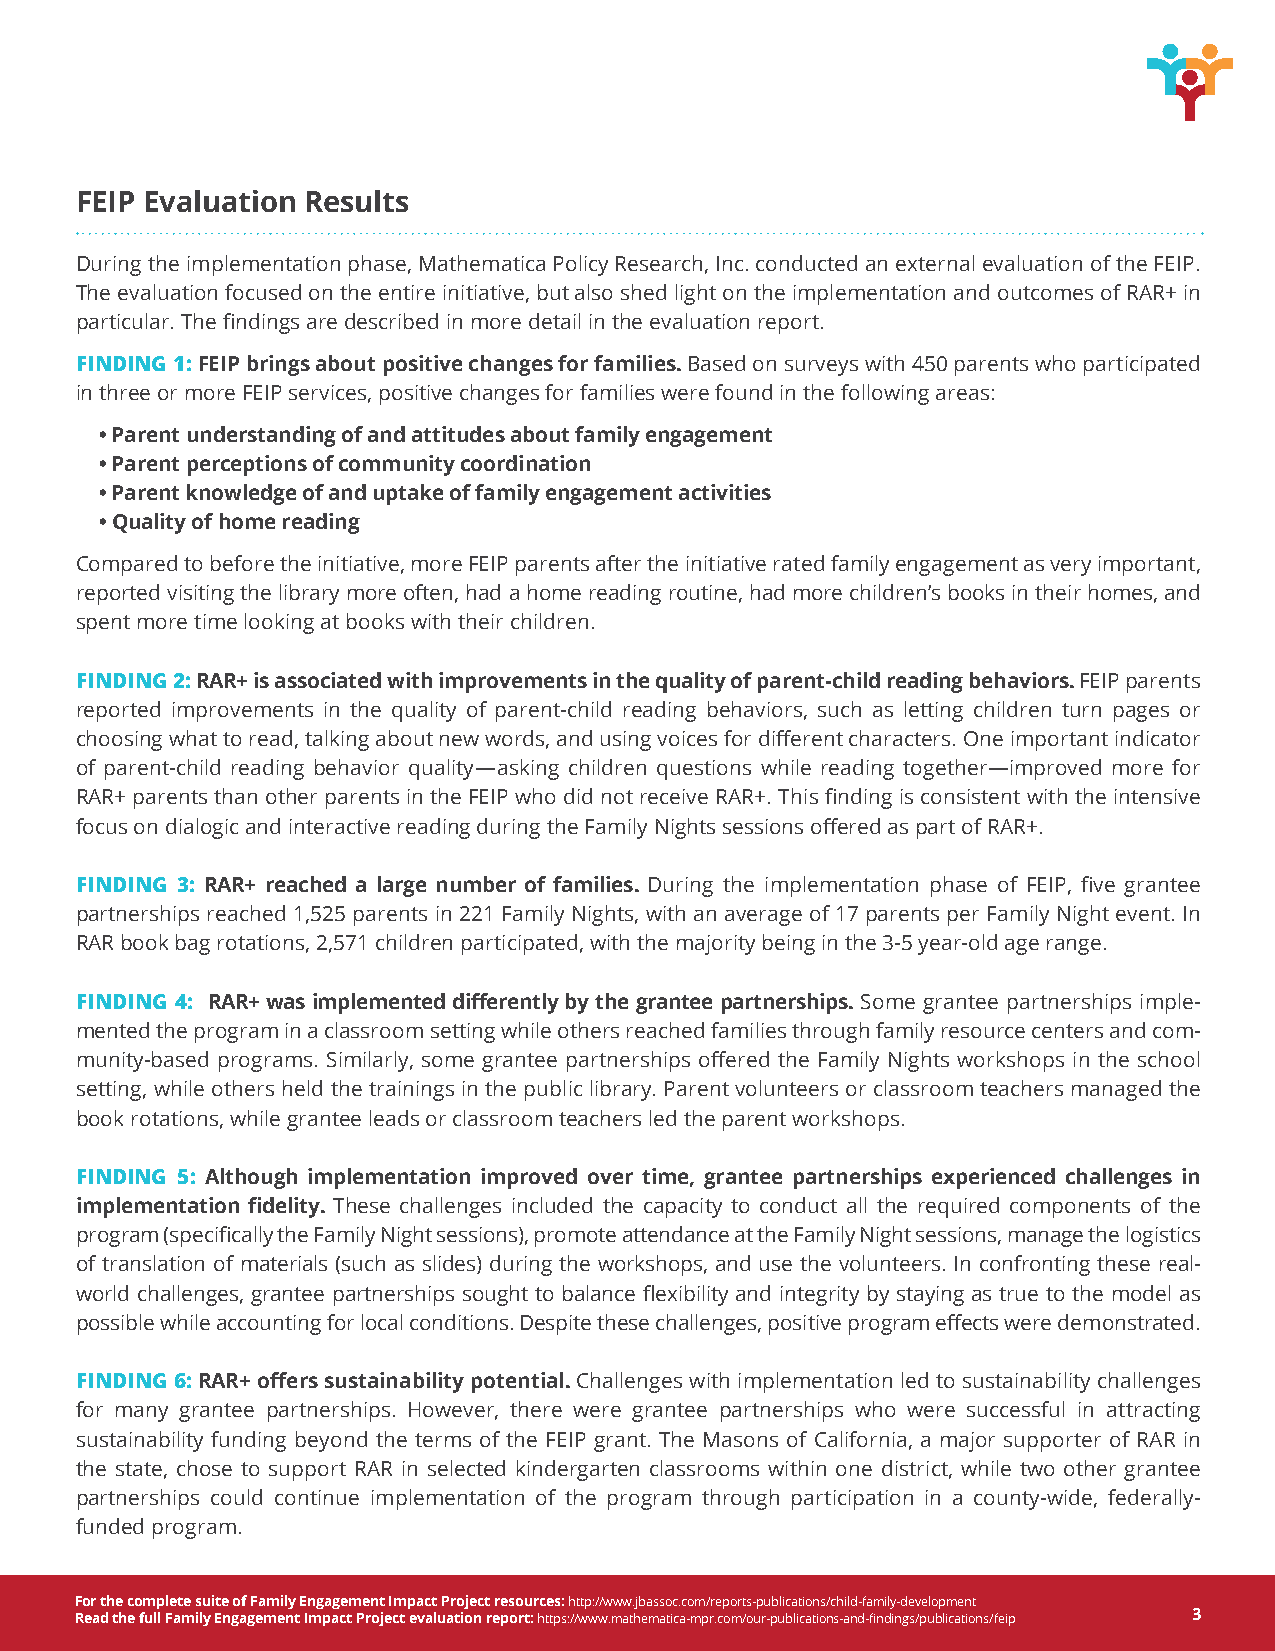
FEIP Evaluation Results
 During the implementation phase, Mathematica Policy Research, Inc. conducted an external evaluation of the FEIP.
 The evaluation focused on the entire initiative, but also shed light on the implementation and outcomes of RAR+ in
 particular. The findings are described in more detail in the evaluation report.
 FINDING 1: FEIP brings about positive changes for families. Based on surveys with 450 parents who participated
 in three or more FEIP services, positive changes for families were found in the following areas:
 • Parent understanding of and attitudes about family engagement
 • Parent perceptions of community coordination
 • Parent knowledge of and uptake of family engagement activities
 • Quality of home reading
 Compared to before the initiative, more FEIP parents after the initiative rated family engagement as very important,
 reported visiting the library more often, had a home reading routine, had more children’s books in their homes, and
 spent more time looking at books with their children.
 FINDING 2: RAR+ is associated with improvements in the quality of parent-child reading behaviors. FEIP parents
 reported improvements in the quality of parent-child reading behaviors, such as letting children turn pages or
 choosing what to read, talking about new words, and using voices for different characters. One important indicator
 of parent-child reading behavior quality―asking children questions while reading together―improved more for
 RAR+ parents than other parents in the FEIP who did not receive RAR+. This finding is consistent with the intensive
 focus on dialogic and interactive reading during the Family Nights sessions offered as part of RAR+.
 FINDING 3: RAR+ reached a large number of families. During the implementation phase of FEIP, five grantee
 partnerships reached 1,525 parents in 221 Family Nights, with an average of 17 parents per Family Night event. In
 RAR book bag rotations, 2,571 children participated, with the majority being in the 3-5 year-old age range.
 FINDING 4: RAR+ was implemented differently by the grantee partnerships. Some grantee partnerships imple-
 mented the program in a classroom setting while others reached families through family resource centers and com-
 munity-based programs. Similarly, some grantee partnerships offered the Family Nights workshops in the school
 setting, while others held the trainings in the public library. Parent volunteers or classroom teachers managed the
 book rotations, while grantee leads or classroom teachers led the parent workshops.
 FINDING 5: Although implementation improved over time, grantee partnerships experienced challenges in
 implementation fidelity. These challenges included the capacity to conduct all the required components of the
 program (specifically the Family Night sessions), promote attendance at the Family Night sessions, manage the logistics
 of translation of materials (such as slides) during the workshops, and use the volunteers. In confronting these real-
 world challenges, grantee partnerships sought to balance flexibility and integrity by staying as true to the model as
 possible while accounting for local conditions. Despite these challenges, positive program effects were demonstrated.
 FINDING 6: RAR+ offers sustainability potential. Challenges with implementation led to sustainability challenges
 for many grantee partnerships. However, there were grantee partnerships who were successful in attracting
 sustainability funding beyond the terms of the FEIP grant. The Masons of California, a major supporter of RAR in
 the state, chose to support RAR in selected kindergarten classrooms within one district, while two other grantee
 partnerships could continue implementation of the program through participation in a county-wide, federally-
 funded program.
 For the complete suite of Family Engagement Impact Project resources: http://www.jbassoc.com/reports-publications/child-family-development
 Read the full Family Engagement Impact Project evaluation report: https://www.mathematica-mpr.com/our-publications-and-findings/publications/feip 3